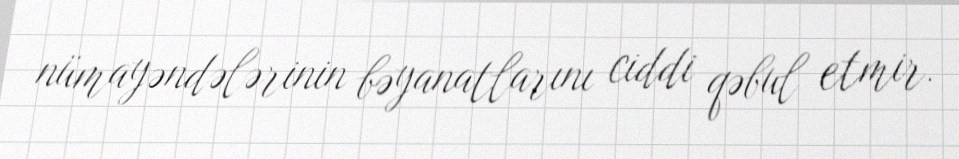
nümayəndələrinin bəyanatlarını ciddi qəbul etmir.